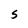
Character: S